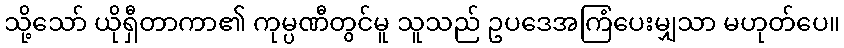
သို့သော် ယိုရှီတာကာ၏ ကုမ္ပဏီတွင်မူ သူသည် ဥပဒေအကြံပေးမျှသာ မဟုတ်ပေ။